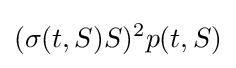
(\sigma (t,S)S)^{2}p(t,S)